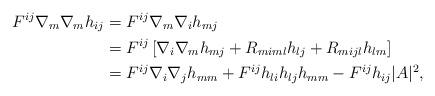
LaTeX: \begin{align*} F^{ij}\nabla_m\nabla_m h_{ij} &= F^{ij}\nabla_m \nabla_i h_{mj} \\&= F^{ij}\left[\nabla_i\nabla_m h_{mj}+R_{miml}h_{lj}+R_{mij l}h_{lm}\right] \\&= F^{ij}\nabla_i\nabla_jh_{mm}+F^{ij}h_{li}h_{lj}h_{mm} -F^{ij}h_{ij}|A|^2, \end{align*}